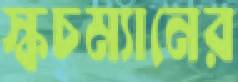
স্কচম্যানের